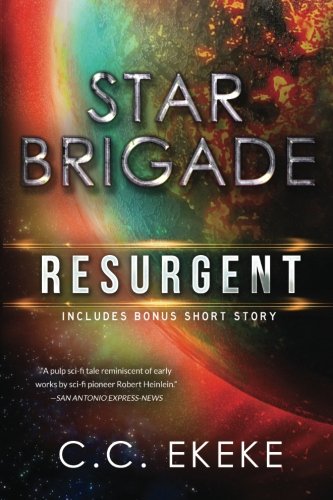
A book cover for Star Brigade: Resurgent; C.C. Ekeke; Science Fiction & Fantasy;